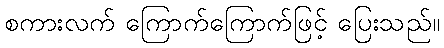
စကားလက် ကြောက်ကြောက်ဖြင့် ပြေးသည်။